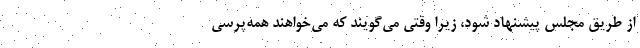
از طریق مجلس پیشنهاد شود، زیرا وقتی می‌گویند که می‌خواهند همه‌پرسی